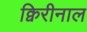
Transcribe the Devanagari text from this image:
क्विरीनाल